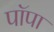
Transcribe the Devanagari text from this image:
पॉपा